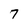
Character: 7